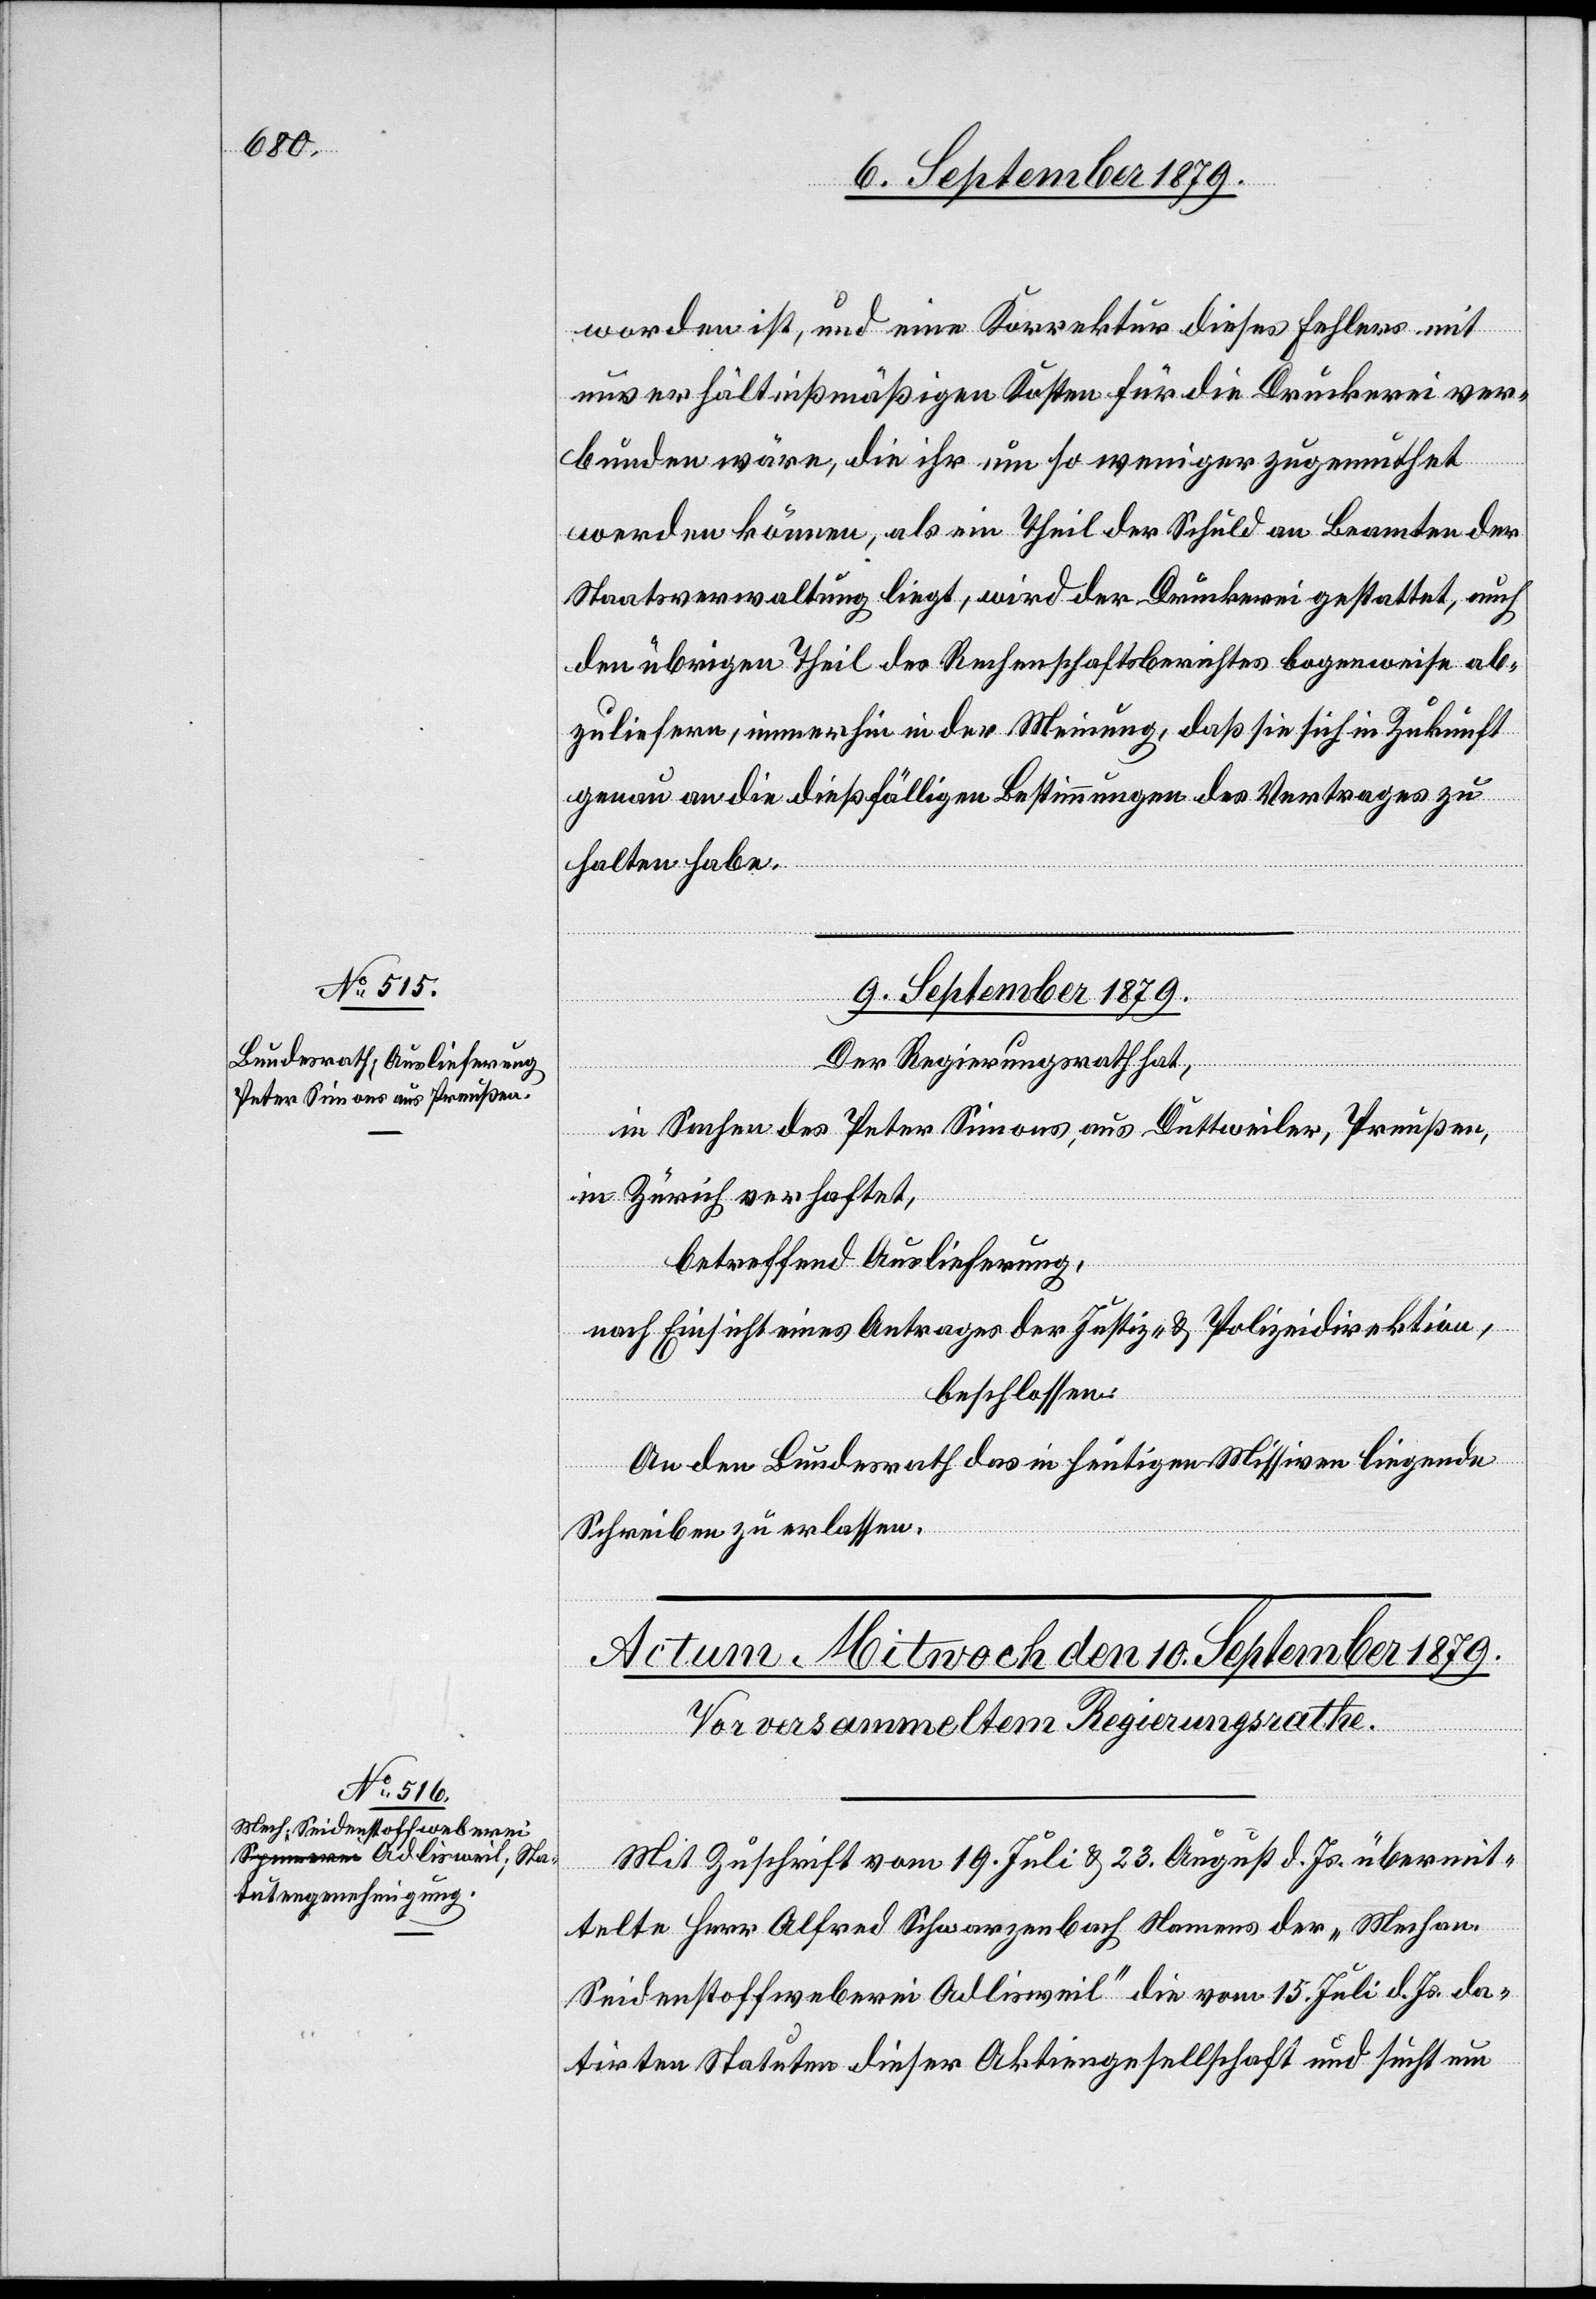
worden ist, und eine Korrektur dieses Fehlers mit
unverhältnißmäßigen Kosten für die Druckerei ver¬
bunden wäre, die ihr um so weniger zugemuthet
werden könne, als ein Theil der Schuld an Beamten der
Staatsverwaltung liegt, wird der Druckerei gestattet, auch
den übrigen Theil des Rechenschaftsberichtes bogenweise ab¬
zuliefern, immerhin in der Meinung, daß sie sich in Zukunft
genau an die dießfälligen Bestimmungen des Vertrages zu
halten habe.
9. September 1879.
Der Regierungsrath hat,
in Sachen des Peter Simons, aus Duttweiler, Preußen,
in Zürich verhaftet,
betreffend Auslieferung,
nach Einsicht eines Antrages der Justiz- & Polizeidirektion,
beschlossen:
An den Bundesrath das in heutigen Missiven liegende
Schreiben zu erlassen.
Mit Zuschrift vom 19. Juli & 23. August d. Js. übermit¬
telte Herr Alfred Schwarzenbach Namens der „Mechan.
Seidenstoffweberei Adlisweil“ die vom 15. Juli d. Js. da¬
tirten Statuten dieser Aktiengesellschaft und sucht um